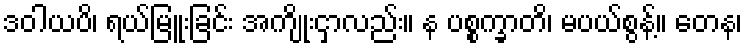
ဒဝါယပိ၊ ရယ်မြူးခြင်း အကျိုးငှာလည်း။ န ပစ္စက္ခာတိ၊ မပယ်စွန့်။ တေန၊